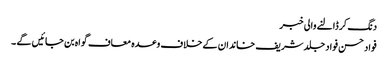
دنگ کر ڈالنے والی خبر
فواد حسن فواد جلد شریف خاندان کے خلاف وعدہ معاف گواہ بن جائیں گے ۔